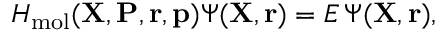
H _ { \mathrm { m o l } } ( { \mathbf { X } } , { \mathbf { P } } , { \mathbf { r } } , { \mathbf { p } } ) \Psi ( { \mathbf { X } } , { \mathbf { r } } ) = E \, \Psi ( { \mathbf { X } } , { \mathbf { r } } ) ,